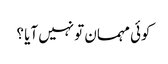
کوئی مہمان تو نہیں آیا ؟